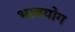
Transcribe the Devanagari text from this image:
भावयोग